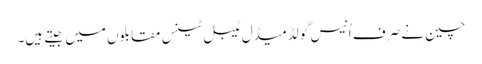
چین نے صرف اُنیس گولڈ میڈل ٹیبل ٹینس مقابلوں میں جیتے ہیں۔